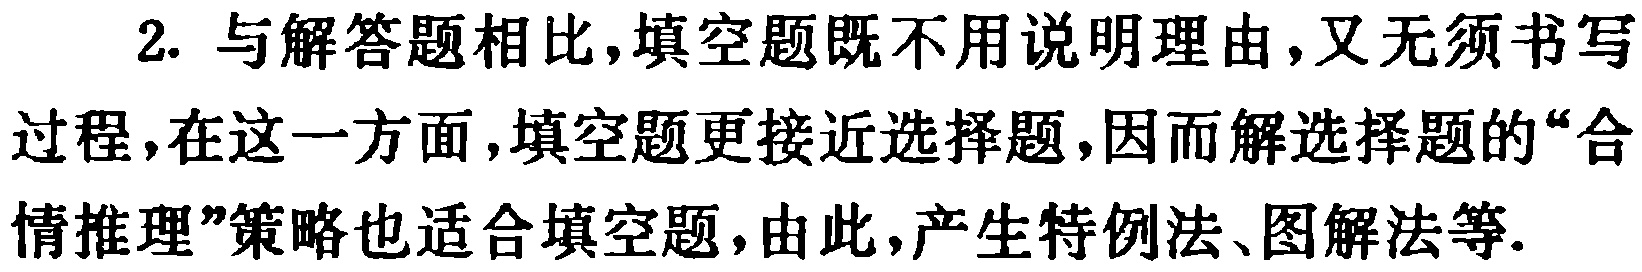
2. 与解答题相比,填空题既不用说明理由,又无须书写
过程,在这一方面,填空题更接近选择题,因而解选择题的“合
情推理”策略也适合填空题,由此,产生特例法、图解法等.